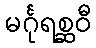
မင်္ဂုရစ္ဆဝီ